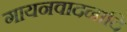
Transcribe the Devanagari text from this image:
गायनवादनादि